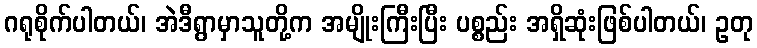
ဂရုစိုက်ပါတယ်၊ အဲဒီရွာမှာသူတို့က အမျိုးကြီးပြီး ပစ္စည်း အရှိဆုံးဖြစ်ပါတယ်၊ ဥတု